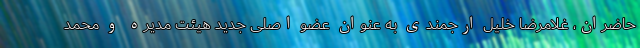
حاضران، غلامرضا خلیل ارجمندی به عنوان عضو اصلی جدید هیئت مدیره و محمد